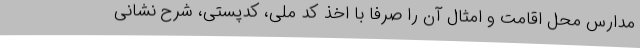
مدارس محل اقامت و امثال آن را صرفا با اخذ کد ملی، کدپستی، شرح نشانی